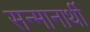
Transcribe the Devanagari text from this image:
सन्मानार्थी